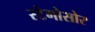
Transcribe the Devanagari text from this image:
स्टेगोसोर